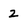
Character: z